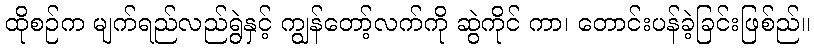
ထိုစဉ်က မျက်ရည်လည်ရွဲနှင့် ကျွန်တော့်လက်ကို ဆွဲကိုင် ကာ၊ တောင်းပန်ခဲ့ခြင်းဖြစ်ည်။